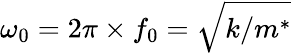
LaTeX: \omega_{0}=2\pi\times f_{0}=\sqrt{k/m^{*}}